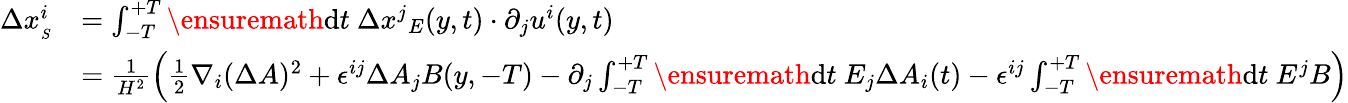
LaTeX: \begin{array}{rl}{\Delta x_{_{S}}^{i}}&{=\int_{-T}^{+T}\ensuremath{\operatorname{d}\! t\ \Delta x^{j}}_{{E}}(y,t)\cdot\partial_{j}u^{i}(y,t)}\\ &{=\frac{1}{H^{2}}\left(\frac{1}{2}\nabla_{i}(\Delta A)^{2}+\epsilon^{ij}\Delta A_{j}B(y,-T)-\partial_{j}\int_{-T}^{+T}\ensuremath{\operatorname{d}\! t\ E_{j}\Delta A_{i}}(t)-{\epsilon^{ij}}\int_{-T}^{+T}\ensuremath{\operatorname{d}\! t\ E^{j}}B\right)}\end{array}